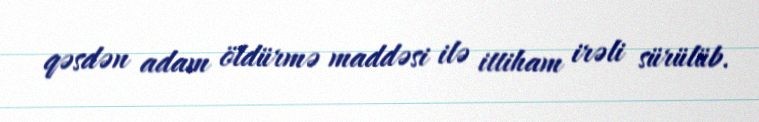
qəsdən adam öldürmə maddəsi ilə ittiham irəli sürülüb.